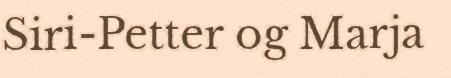
Siri-Petter og Marja